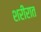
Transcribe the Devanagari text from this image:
शरीरात